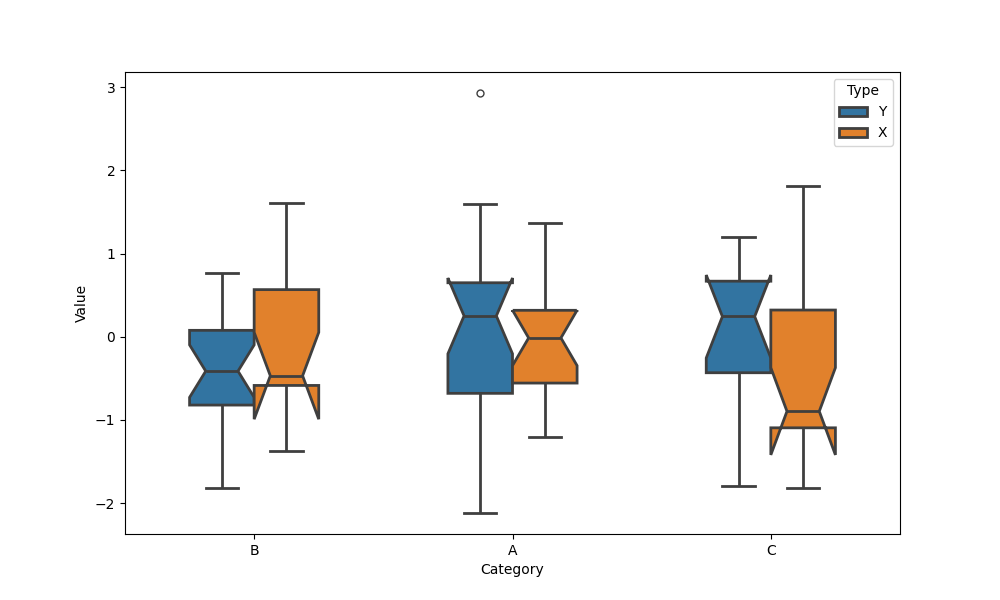
python, seaborn, boxplot, width=0.5, linewidth=2, fliersize=5, notch=True